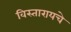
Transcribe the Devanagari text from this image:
विस्तारायचे